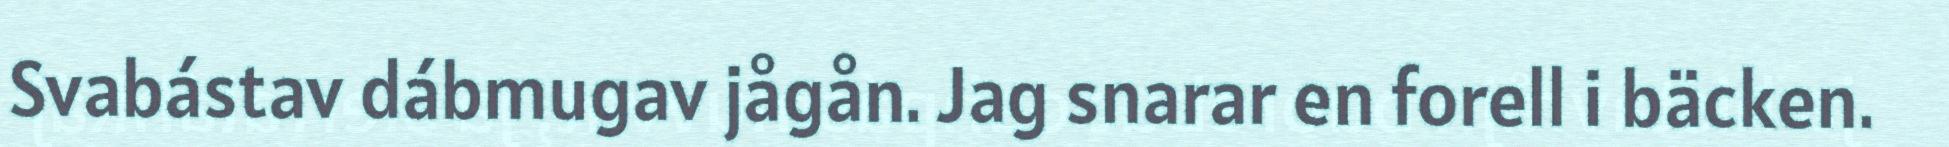
Svabástav dábmugav jågån. Jag snarar en forell i bäcken.